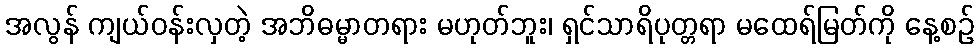
အလွန် ကျယ်ဝန်းလှတဲ့ အဘိဓမ္မာတရား မဟုတ်ဘူး၊ ရှင်သာရိပုတ္တရာ မထေရ်မြတ်ကို နေ့စဉ်